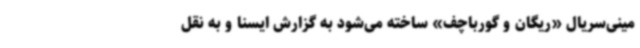
مینی‌سریال «ریگان و گورباچف» ساخته می‌شود به گزارش ایسنا و به نقل